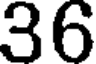
36